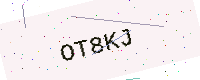
Text: OT8KJ